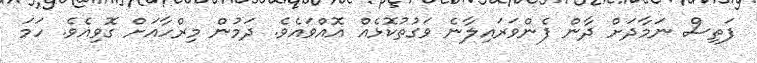
ފަތިސް ނަމާދަށް ދާން ފެންވަރައިލާނެ ވަގުތުކޮޅެއް އޮއްވައެވެ. ދަމުން މިރްހާއަށް ގޮވިއެވެ. ހަމަ